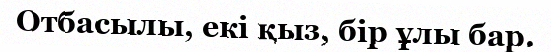
Отбасылы, екі қыз, бір ұлы бар.